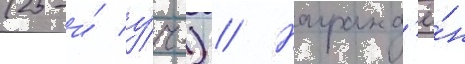
(25-и́ у́ч.) // Награжд'ё́н